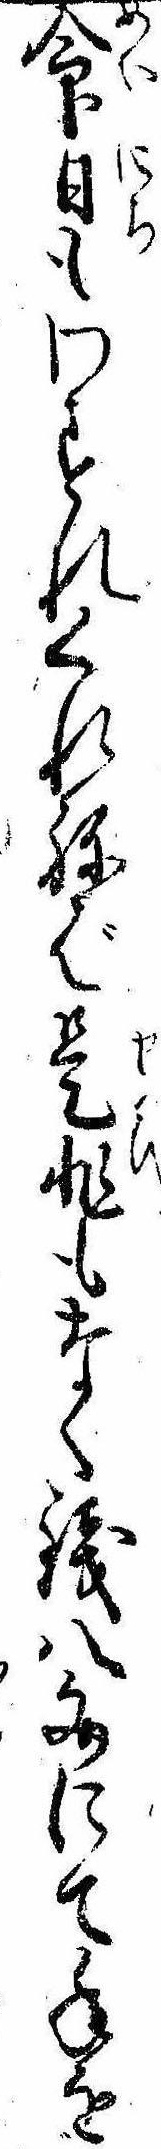
命日もわすれくれねば是非もなく銭八文にて年を